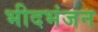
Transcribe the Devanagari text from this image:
भीदभंजन